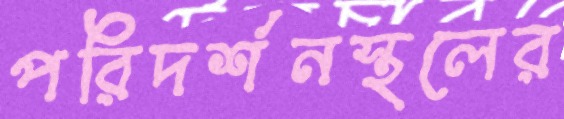
পরিদর্শনস্থলের